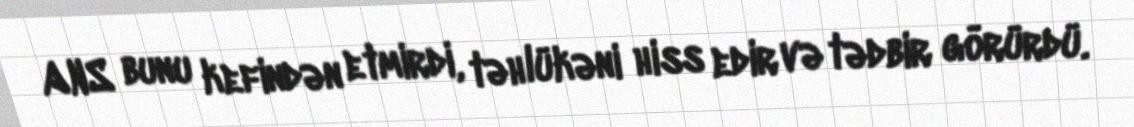
ANS bunu kefindən etmirdi, təhlükəni hiss edir və tədbir görürdü.